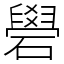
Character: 礐